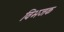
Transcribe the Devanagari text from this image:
विभजक